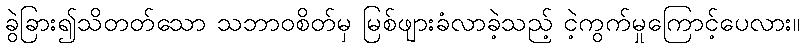
ခွဲခြား၍သိတတ်သော သဘာဝစိတ်မှ မြစ်ဖျားခံလာခဲ့သည့် ငဲ့ကွက်မှုကြောင့်ပေလား။